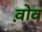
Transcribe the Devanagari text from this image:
व़ोव